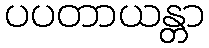
ပပတာယန္တာ